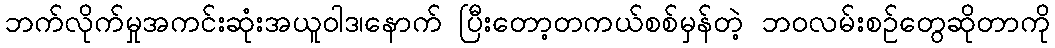
ဘက်လိုက်မှုအကင်းဆုံးအယူဝါဒ၊နောက် ပြီးတော့တကယ်စစ်မှန်တဲ့ ဘဝလမ်းစဉ်တွေဆိုတာကို